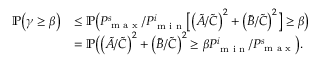
\begin{array} { r l } { \mathbb { P } \big ( \gamma \geq \beta \big ) } & { \leq \mathbb { P } \big ( P _ { \textnormal { m a x } } ^ { s } / P _ { \textnormal { m i n } } ^ { i } \big [ \big ( \tilde { A } / \tilde { C } \big ) ^ { 2 } + \big ( \tilde { B } / \tilde { C } \big ) ^ { 2 } \big ] \geq \beta \big ) } \\ & { = \mathbb { P } \big ( \big ( \tilde { A } / \tilde { C } \big ) ^ { 2 } + \big ( \tilde { B } / \tilde { C } \big ) ^ { 2 } \geq \beta P _ { \textnormal { m i n } } ^ { i } / P _ { \textnormal { m a x } } ^ { s } \big ) . } \end{array}